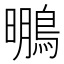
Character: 䳟